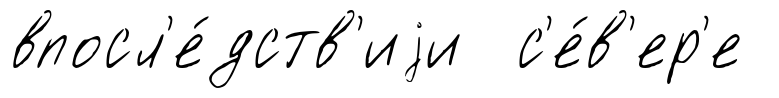
впосл'е́дств'иjи с'е́в'ер'е